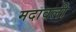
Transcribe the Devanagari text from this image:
मदावली